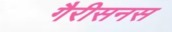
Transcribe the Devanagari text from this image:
गैरीसनस